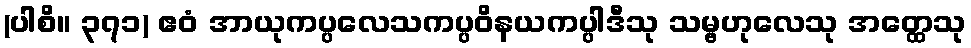
(ပါစိ။ ၃၇၁) ဧဝံ အာယုကပ္ပလေသကပ္ပဝိနယကပ္ပါဒီသု သမ္ဗဟုလေသု အတ္ထေသု